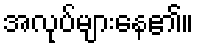
အလုပ်များနေ၏။